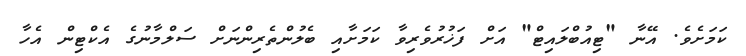
ކަމަށެވެ. އޭނާ "ޓިއުބްލައިޓް" އަށް ފަޚުރުވެރިވާ ކަމަށާއި ބެލުންތެރިންނަށް ސަލްމާނުގެ އެކްޓިން އެހާ